Lock hospitals Punjab
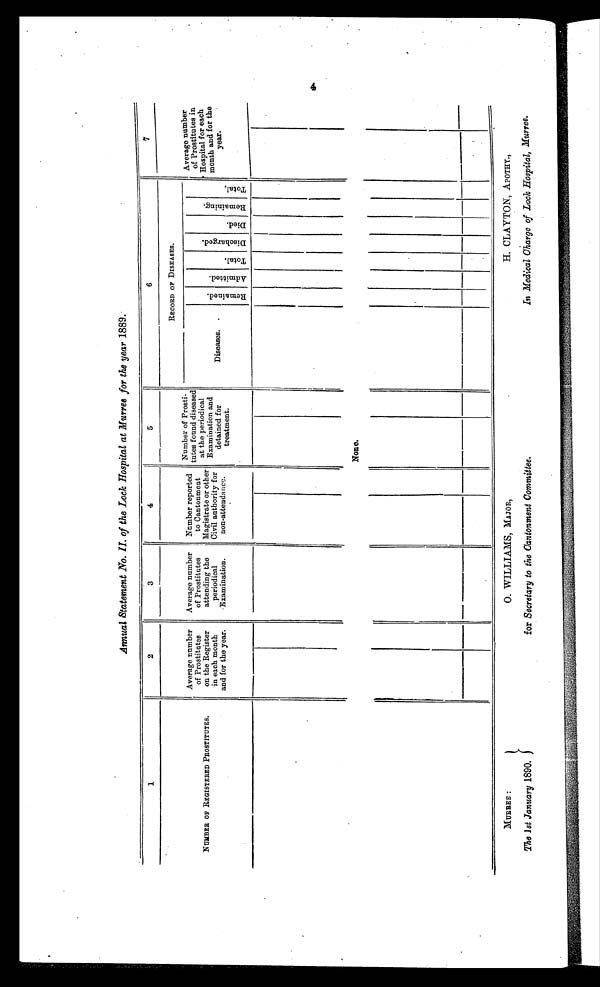
Annual Statement No. II. of the Lock Hospital at Murree for the year 1889.
1
2
3
4
5
6
7
NUMBER OF REGISTERED PROSTITUTES.
Average number
of Prostitutes
on the Register
in each month
and for the year.
Average number
of Prostitutes
attending the
periodical
Examination.
Number reported
to Cantonment
Magistrate or other
Civil authority for
non-attendance.
Number of Prosti-
tutes found diseased
at the periodical
Examination and
detained for
treatment.
RECORD OF DISEASES.
Average number
of Prostitutes in
Hospital
f o r e a c h
month
a n d f o r t h e y e a r .
Diseases.
R e m a i n e d .
A d m i t t e d .
T o t a l .
D i s c h a r g e d . D i e d .
R e m a i n i n g .
T o t a l .
None.
MURREE :
O. WILLIAMS, MAJOR,
H. CLAYTON, APOTHY.,
The 1 st January 1890.
for Secretary to the Cantonment Committee.
In Medical Charge of Lock Hospital, Murree.